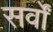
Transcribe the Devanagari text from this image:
सर्वों